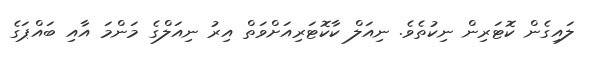
ލައިގެން ކޮޓަރިން ނިކުތެވެ. ނިއަލް ކާކޮޓަރިއަށްވަތް އިރު ނިއަލްގެ މަންމަ އާއި ބައްޕަގެ